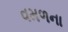
વમળના